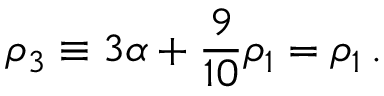
\rho _ { 3 } \equiv 3 \alpha + { \frac { 9 } { 1 0 } } \rho _ { 1 } = \rho _ { 1 } \, .